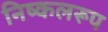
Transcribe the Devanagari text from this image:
निष्कलरूप